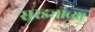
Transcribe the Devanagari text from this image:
सरड्यांच्या